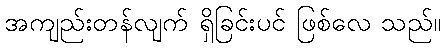
အကျည်းတန်လျက် ရှိခြင်းပင် ဖြစ်လေ သည်။